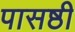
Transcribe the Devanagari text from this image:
पासष्ठी